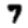
Digit: 7